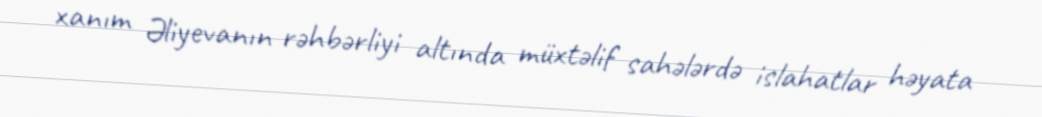
xanım Əliyevanın rəhbərliyi altında müxtəlif sahələrdə islahatlar həyata